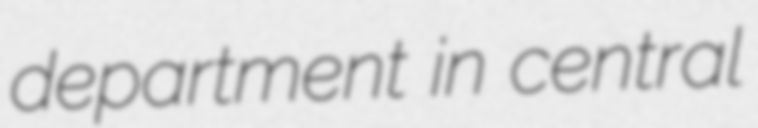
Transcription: department in central